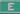
e